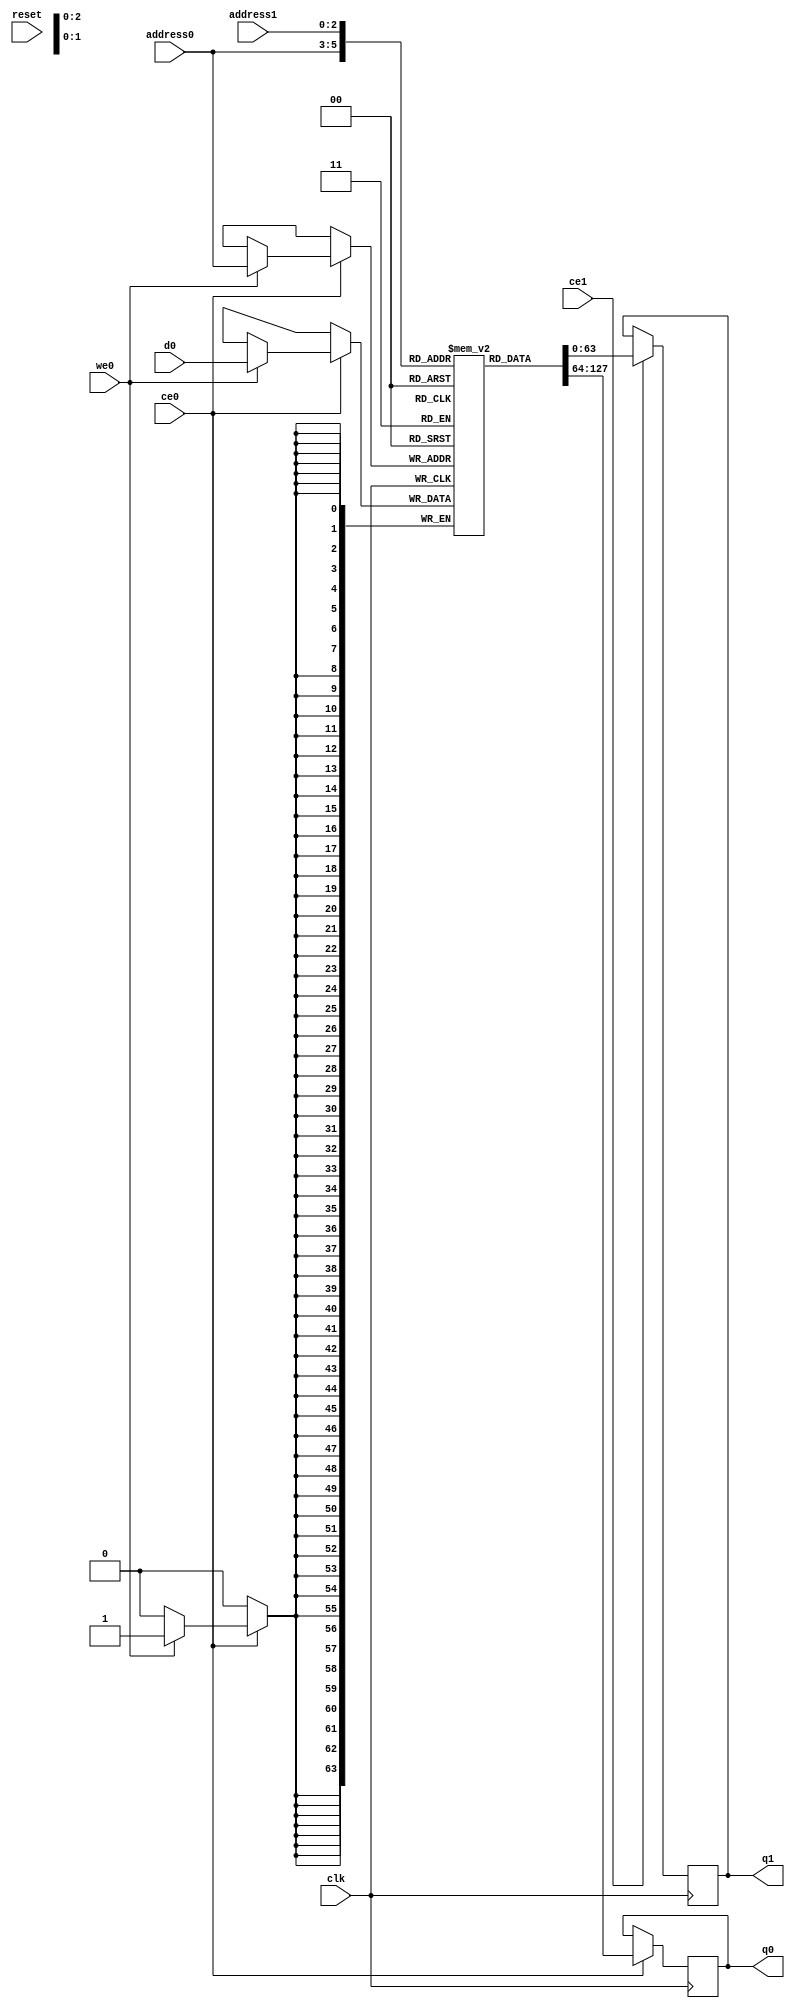
// ==============================================================
// Vitis HLS - High-Level Synthesis from C, C++ and OpenCL v2022.2 (64-bit)
// Version: 2022.2
// Copyright 1986-2022 Xilinx, Inc. All Rights Reserved.
// ==============================================================
`timescale 1 ns / 1 ps
module dot_res_psum_RAM_1WNR_AUTO_1R1W (

    address0, ce0,
    d0, we0,
    q0,

    address1, ce1,

    q1,

    reset, clk);

parameter DataWidth = 64;
parameter AddressWidth = 3;
parameter AddressRange = 7;

input[AddressWidth-1:0] address0;
input ce0;
input[DataWidth-1:0] d0;
input we0;
output reg[DataWidth-1:0] q0;

input[AddressWidth-1:0] address1;
input ce1;

output reg[DataWidth-1:0] q1;

input reset;
input clk;


(* ram_style = "auto"  *)reg [DataWidth-1:0] ram0[0:AddressRange-1];





// write to all ram
always @(posedge clk)
begin
    if (ce0) begin
        if (we0)
            ram0[address0] <= d0;

        q0 <= ram0[address0];
    end
end

always @(posedge clk)
begin
    if (ce1) begin
        q1 <= ram0[address1];
    end
end


endmodule